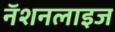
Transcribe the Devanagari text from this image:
नॅशनलाइज